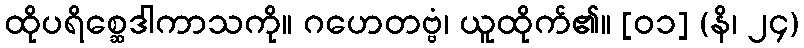
ထိုပရိစ္ဆေဒါကာသကို။ ဂဟေတဗ္ဗံ၊ ယူထိုက်၏။ [၀၁] (နိ၊ ၂၄)